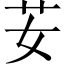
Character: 𦬑